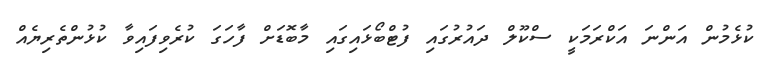
ކުޅެމުން އަންނަ އަކްރަމަކީ ސްކޫލް ދައުރުގައި ފުޓްބޯޅައިގައި މާބޮޑަށް ފާހަގަ ކުރެވިފައިވާ ކުޅުންތެރިޔެއް